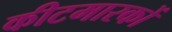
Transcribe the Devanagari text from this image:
कीटमारकों